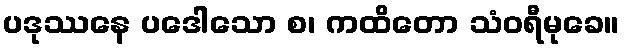
ပဒုဿနေ ပဒေါသော စ၊ ကထိတော သံဝရီမုခေ။